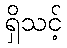
ရှိသင့်